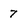
Character: 7